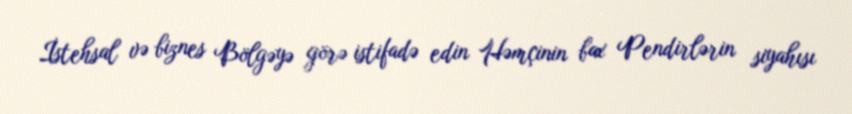
İstehsal və biznes Bölgəyə görə istifadə edin Həmçinin bax Pendirlərin siyahısı